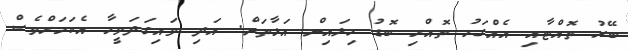
ބޭރު ތޮއްޓާއި އެއްގަމު ތޮއްށި ބޮޑު ހިލައިން އަޅާތަން. އަދި ވައިގަދަވީމާ އެކަމަށްވެސް